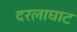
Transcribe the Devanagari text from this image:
दरलाघाट